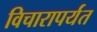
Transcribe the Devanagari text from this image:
विचारापर्यंत